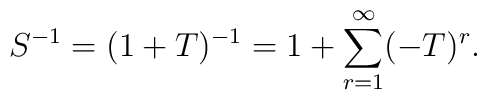
S^{-1} = (1+T)^{-1} = 1+\sum_{r=1}^{\infty}(-T)^{r}.